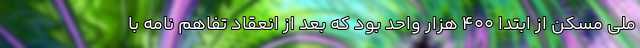
ملی مسکن از ابتدا ۴۰۰ هزار واحد بود که بعد از انعقاد تفاهم نامه با